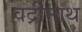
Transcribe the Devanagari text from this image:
वद्रीनाथ